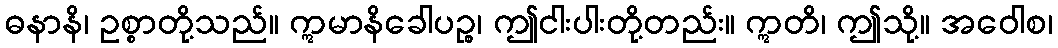
ဓနာနိ၊ ဥစ္စာတို့သည်။ ဣမာနိခေါပဉ္စ၊ ဤငါးပါးတို့တည်း။ ဣတိ၊ ဤသို့။ အဝေါစ၊